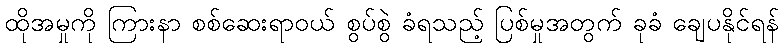
ထိုအမှုကို ကြားနာ စစ်ဆေးရာဝယ် စွပ်စွဲ ခံရသည့် ပြစ်မှုအတွက် ခုခံ ချေပနိုင်ရန်